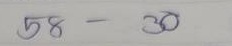
58 - 30